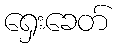
ရှေးခေတ်